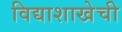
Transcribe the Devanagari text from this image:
विद्याशाखेची